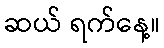
ဆယ် ရက်နေ့။